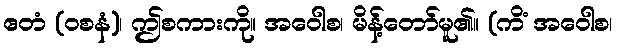
ဧတံ (ဝစနံ)၊ ဤစကားကို။ အဝေါစ၊ မိန့်တော်မူ၏။ (ကိံ အဝေါစ၊